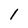
Character: 1